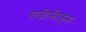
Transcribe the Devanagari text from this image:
वल्नीफीकुस